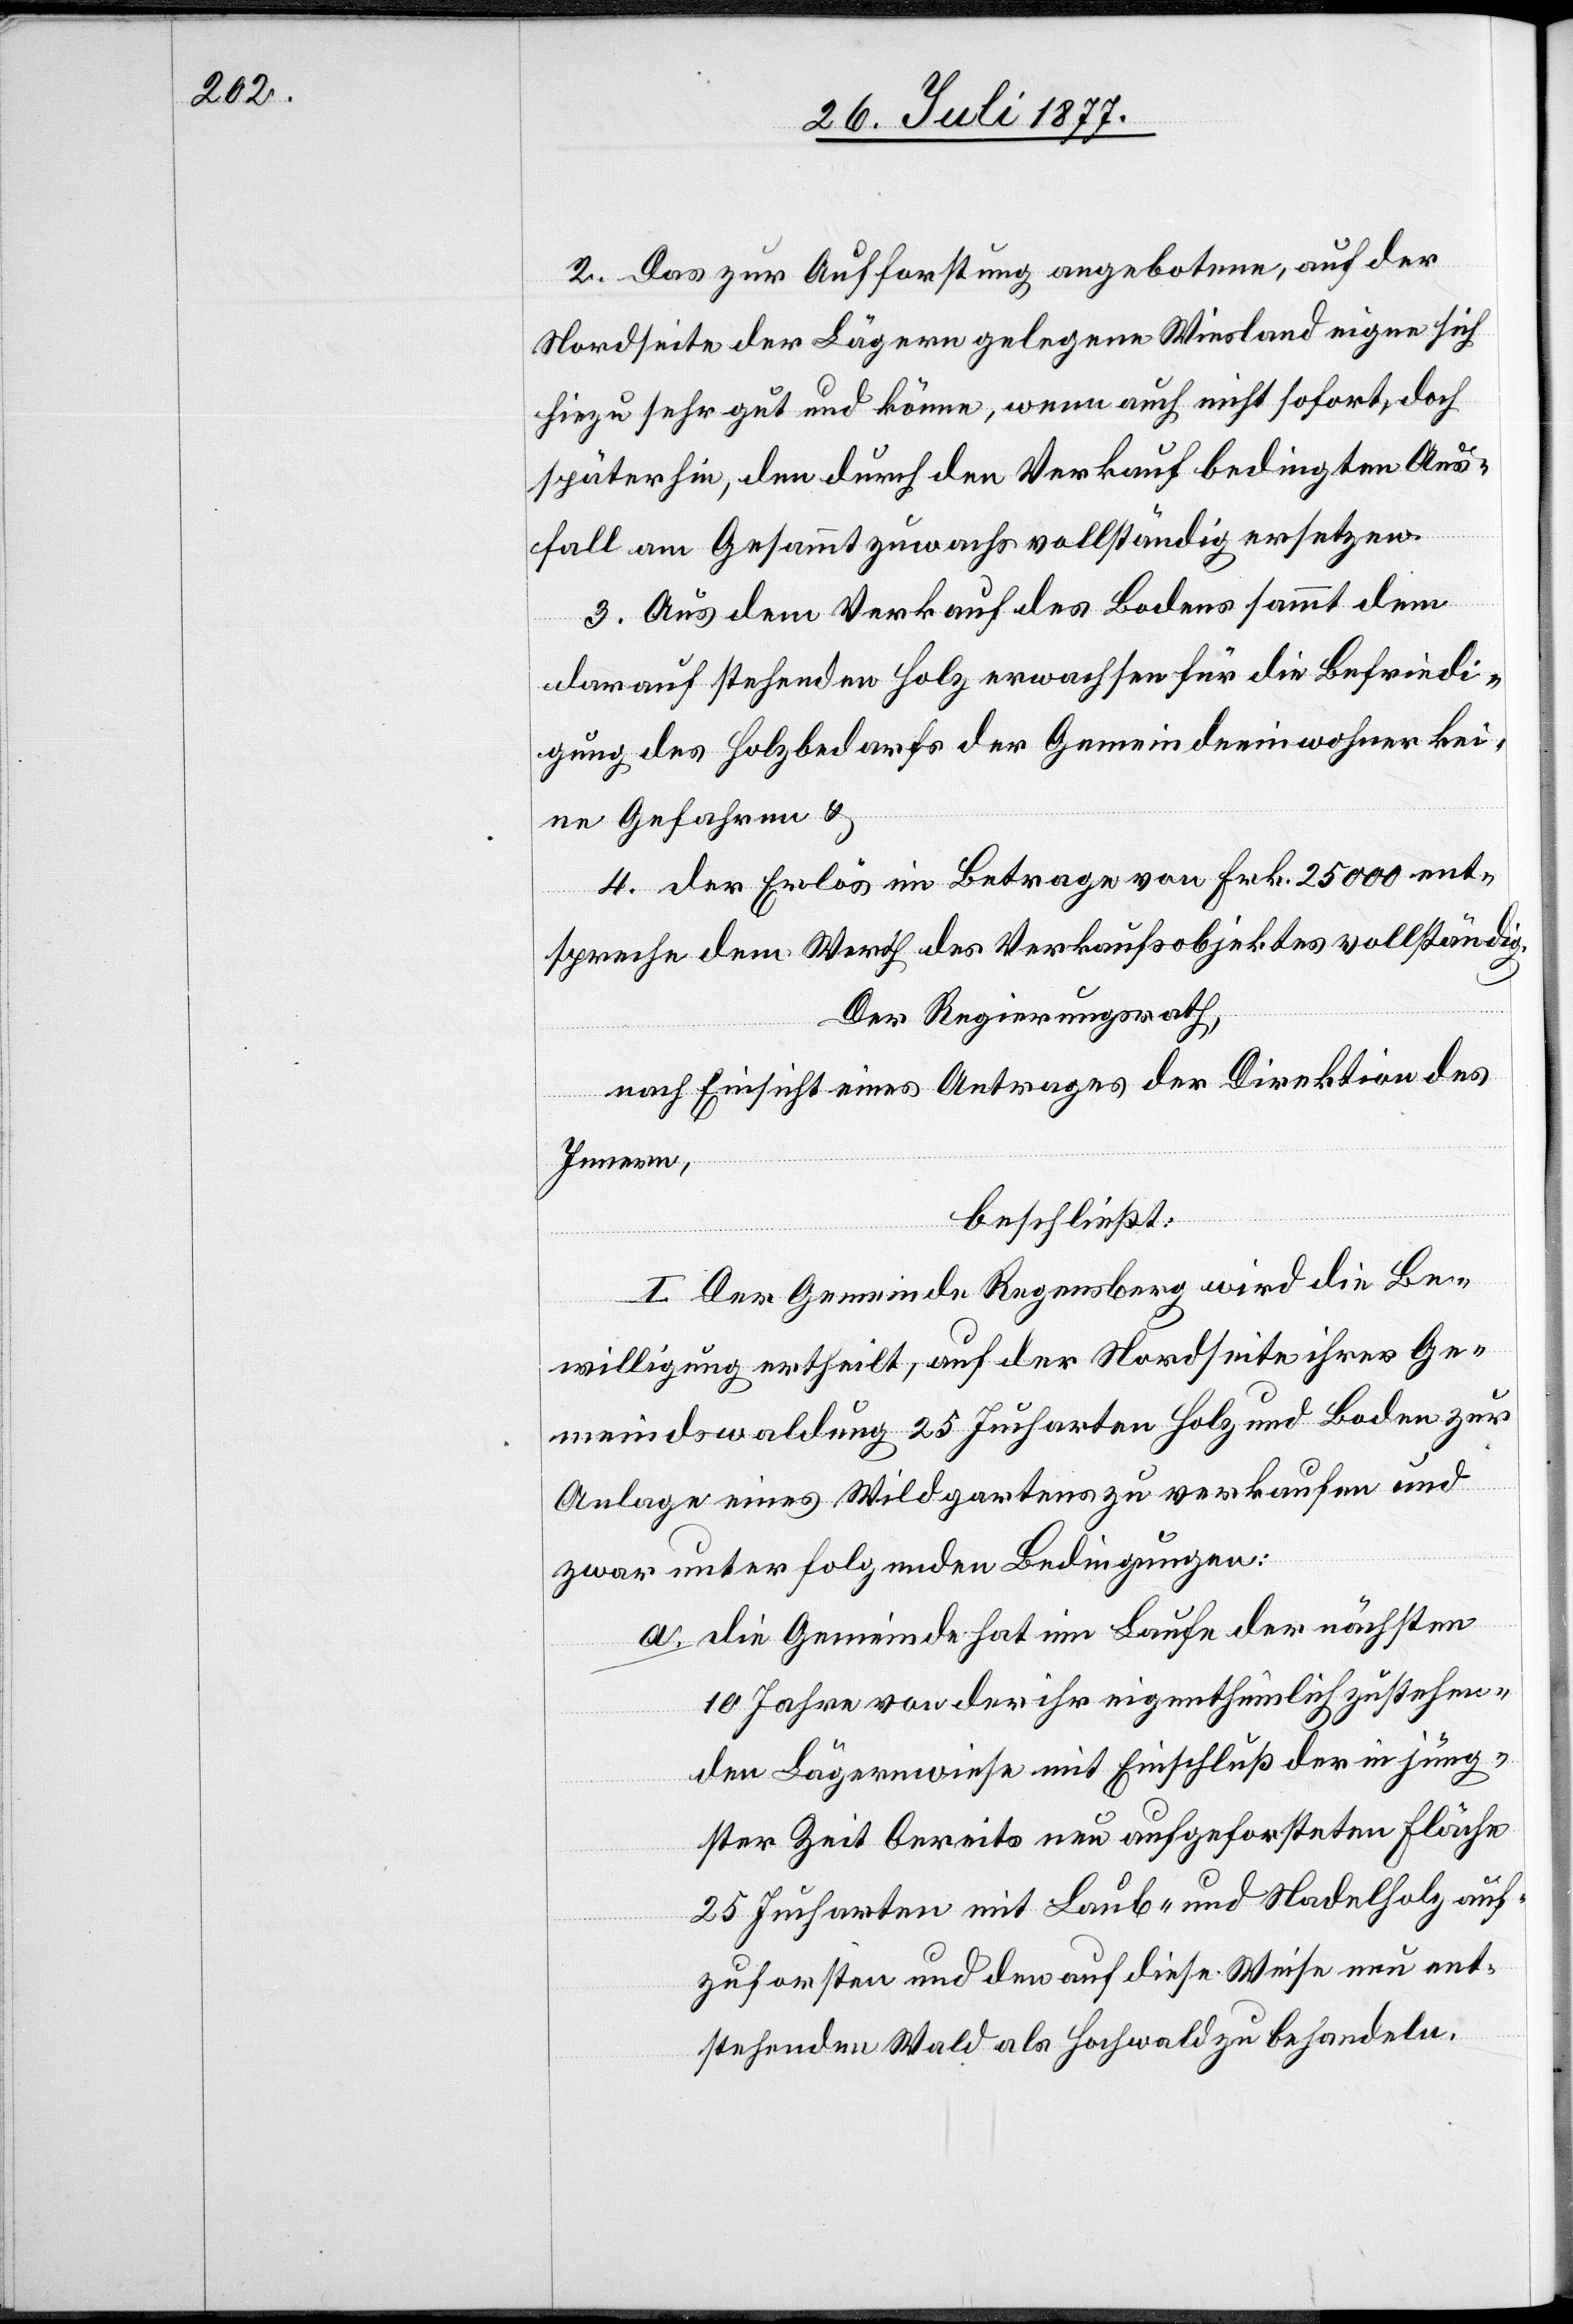
2. Das zur Aufforstung angebotene, auf der
Nordseite der Lägern gelegene Wiesland eigne sich
hiezu sehr gut und könne, wenn auch nicht sofort, doch
späterhin, den durch den Verkauf bedingten Aus¬
fall am Gesammtzuwachs vollständig ersetzen.
3. Aus dem Verkauf des Bodens sammt dem
darauf stehenden Holz erwachsen für die Befriedi¬
gung des Holzbedarfs der Gemeindeeinwohner kei¬
ne Gefahren &
4. der Erlös im Betrage von Frk. 25 000 ent¬
spreche dem Werth des Verkaufsobjektes vollständig.
Der Regierungsrath,
nach Einsicht eines Antrages der Direktion des
Innern,
beschließt:
I. Der Gemeinde Regensberg wird die Be¬
willigung ertheilt, auf der Nordseite ihrer Ge¬
meindswaldung 25 Jucharten Holz und Boden zur
Anlage eines Wildgartens zu verkaufen und
zwar unter folgenden Bedingungen:
die Gemeinde hat im Laufe der nächsten
10 Jahre von der ihr eigenthümlich zustehen¬
den Lägernwiese mit Einschluß der in jüng¬
ster Zeit bereits neu aufgeforsteten Fläche
25 Jucharten mit Laub- und Nadelholz auf¬
zuforsten und den auf diese Weise neu ent¬
stehenden Wald als Hochwald zu behandeln.